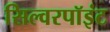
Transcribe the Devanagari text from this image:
सिल्वरपॉइंट